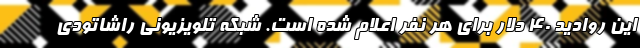
این روادید ۴۰ دلار برای هر نفر اعلام شده است. شبکه تلویزیونی راشاتودی